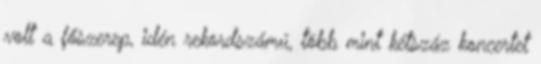
volt a főszerep, idén rekordszámú, több mint kétszáz koncertet